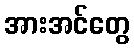
အားအင်တွေ